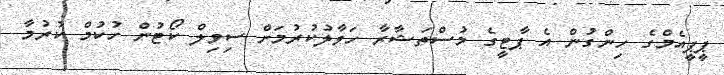
ޕީޕީއެމްގެ ހިންގުން އެ ޕާޓީގެ މުސްތަޝާރާ ހަވާލުކުރުމަށް ސިވިލް ކޯޓުން ހުކުމް ކުރުމާ